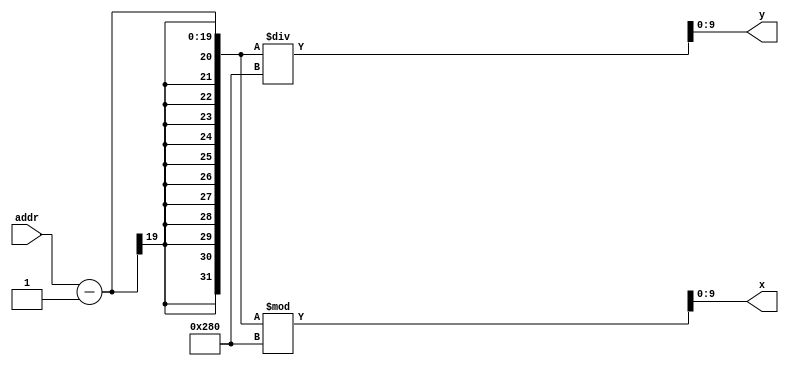
module decoder(addr, x, y);

	input [18:0] addr;

	output [9:0] x, y;

	assign x = (addr-1) % 640;
	assign y = (addr-1) / 640;

endmodule